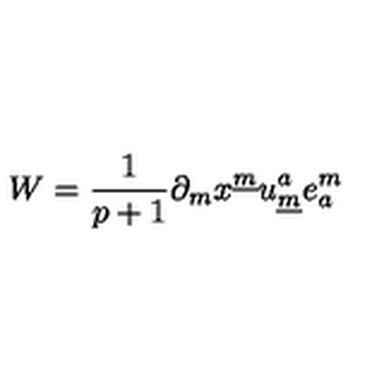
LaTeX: W = { \frac { 1 } { p + 1 } } \partial _ { m } x ^ { \underline { m } } u _ { \underline { m } } ^ { a } e _ { a } ^ { m }